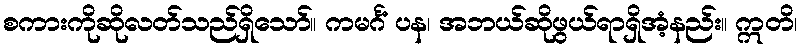
စကားကိုဆိုလတ်သည်ရှိသော်။ ကမင်္ဂံ ပန၊ အဘယ်ဆိုဖွယ်ရာရှိအံ့နည်း။ ဣတိ၊